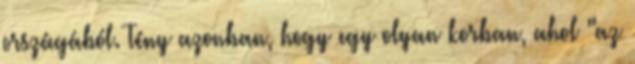
országából. Tény azonban, hogy egy olyan korban, ahol "az